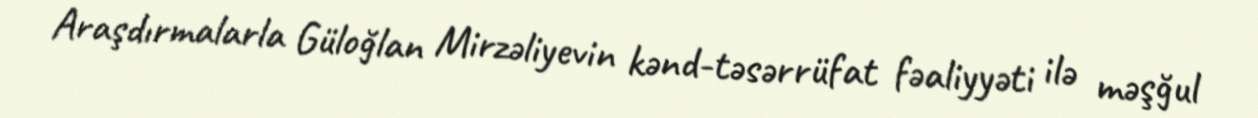
Araşdırmalarla Güloğlan Mirzəliyevin kənd-təsərrüfat fəaliyyəti ilə məşğul